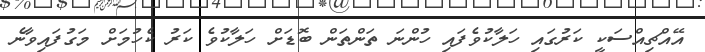
އޭއްޗިއްސަކީ ކަރުގައި ހަލާކުވެފައި ހުންނަ ތަންތަން ބޮޑަށް ހަލާކުވެ ކަރު ކެހުމަށް މަގުފައިވާނެ